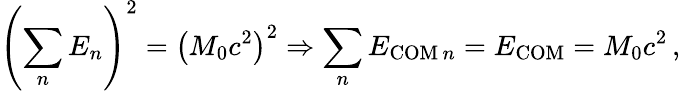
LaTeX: \left(\sum_{n}E_{n}\right)^{2}=\left(M_{0}c^{2}\right)^{2}\Rightarrow\sum_{n}E_{\mathrm{COM}\, n}=E_{\mathrm{COM}}=M_{0}c^{2}\, ,